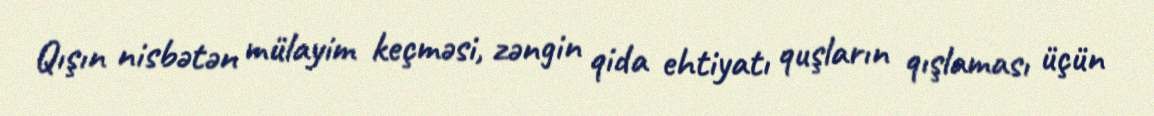
Qışın nisbətən mülayim keçməsi, zəngin qida ehtiyatı quşların qışlaması üçün